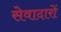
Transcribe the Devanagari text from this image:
सेवादारों